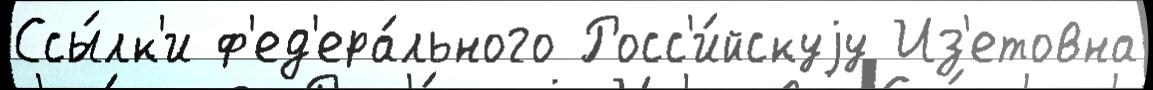
Ссы́лк'и ф'ед'ера́льного Росс'и́йскуjу Из'етовна